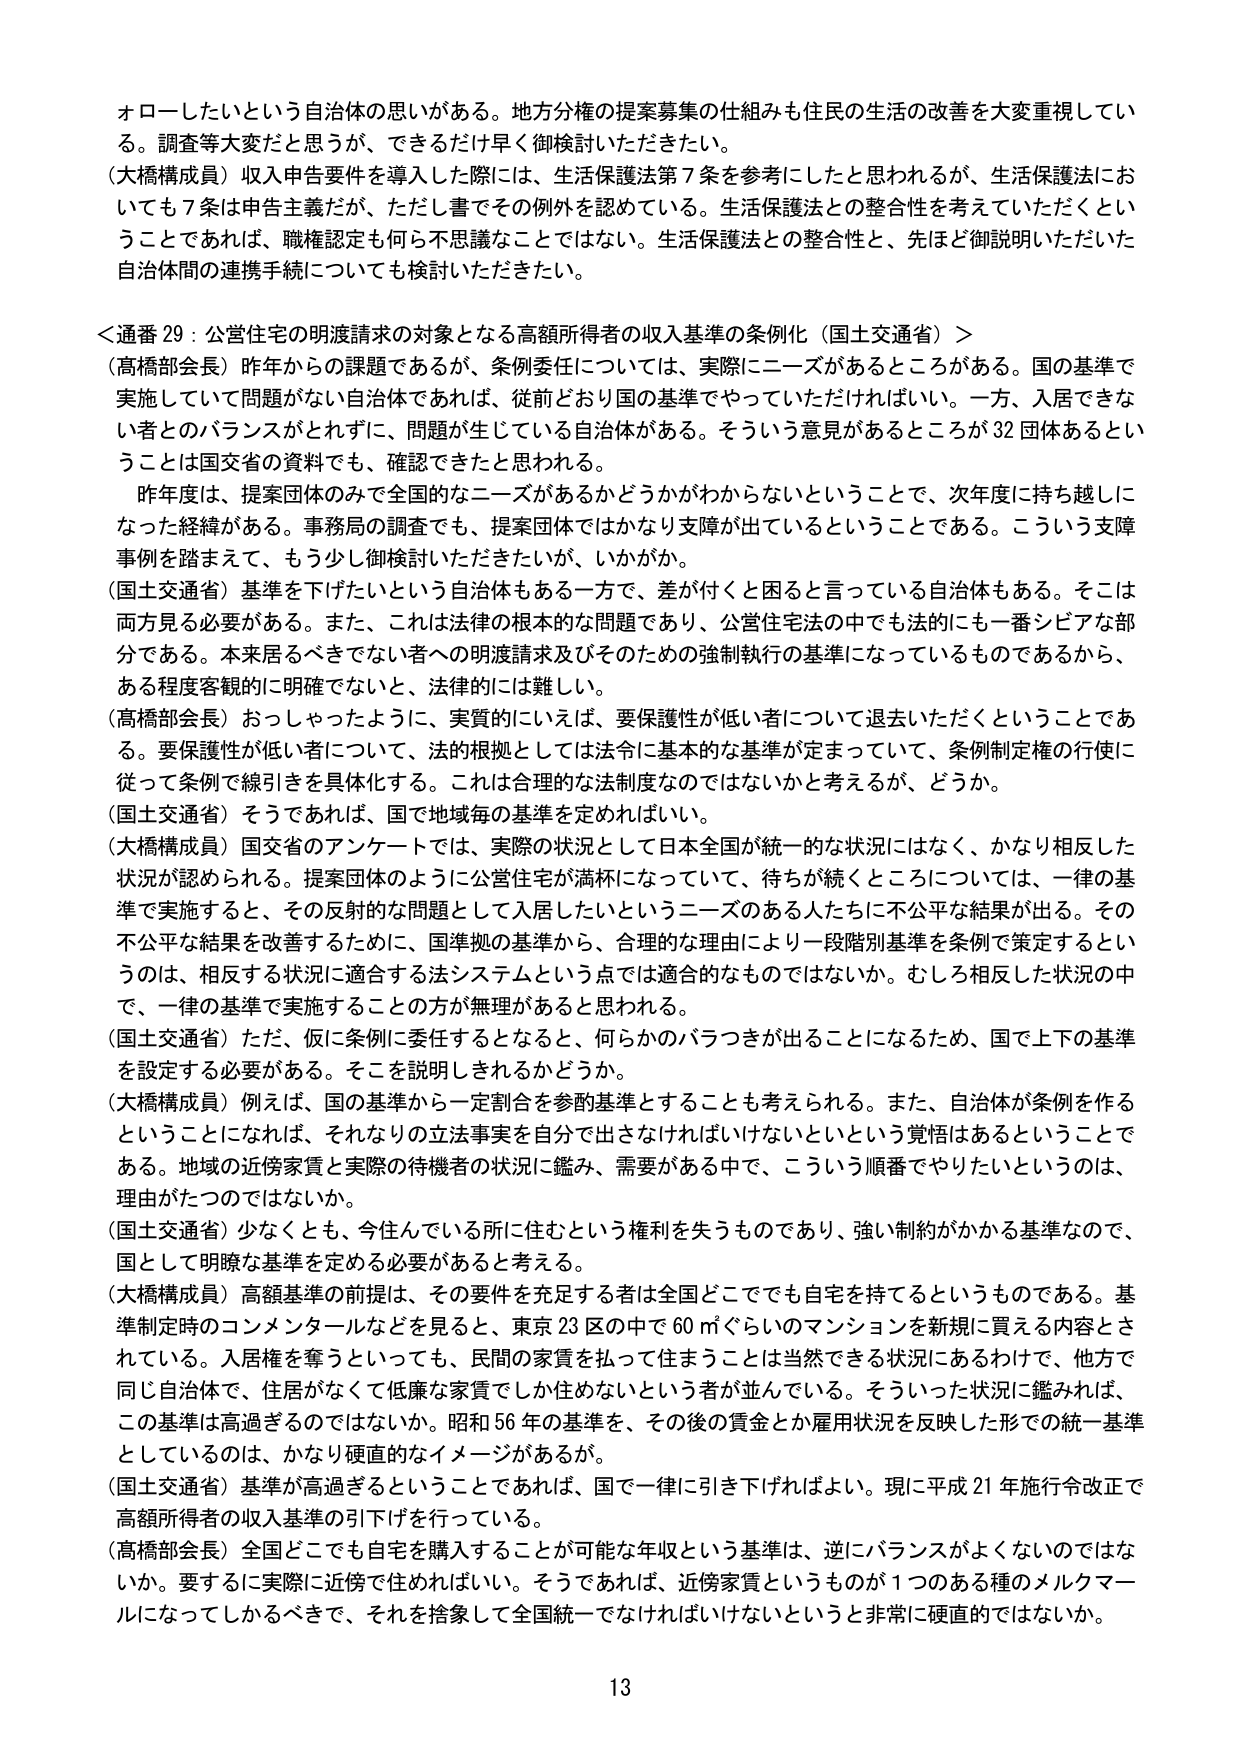
オローしたいという自治体の思いがある。地方分権の提案募集の仕組みも住民の生活の改善を大変重視している。調査等大変だと思うが、できるだけ早く御検討いただきたい。

（大橋構成員）収入申告要件を導入した際には、生活保護法第７条を参考にしたと思われるが、生活保護法においても７条は申告主義だが、ただし書でその例外を認めている。生活保護法との整合性を考えていただくということであれば、職権認定も何ら不思議なことではない。生活保護法との整合性と、先ほど御説明いただいた自治体間の連携手続についても検討いただきたい。

＜通番 29：公営住宅の明渡請求の対象となる高額所得者の収入基準の条例化（国土交通省）＞

（高橋部会長）昨年からの課題であるが、条例委任については、実際にニーズがあるところがある。国の基準で実施していて問題がない自治体であれば、従前どおり国の基準でやっていただければよい。一方、入居できない者とのバランスがとれずに、問題が生じている自治体がある。そういう意見があるところが32団体あるということは国交省の資料でも、確認できたと思われる。

　昨年度は、提案団体のみで全国的なニーズがあるかどうかがわからないということで、次年度に持ち越しがなった経緯がある。事務局の調査でも、提案団体ではかなり支障が出ているということである。こういう支障事例を踏まえて、もう少し御検討いただきたいが、いかがか。

（国土交通省）基準を下げたいという自治体もある一方で、差が付くと困ると言っている自治体もある。そこは両方見る必要がある。また、これは法律の根本的な問題であり、公営住宅法の中でも法的にも一番シビアな部分である。本来居るべきでない者への明渡請求及びそのための強制執行の基準になっているものであるから、ある程度客観的に明確でないと、法律的には難しい。

（高橋部会長）おっしゃったように、実質的にいえば、要保護性が低い者について退去いただくということである。要保護性が低い者について、法的根拠としては法令に基本的な基準が定まっていて、条例制定権の行使に従って条例で線引きを具体化する。これは合理的な法制度なのではないかと考えるが、どうか。

（国土交通省）そうであれば、国で地域毎の基準を定めればよい。

（大橋構成員）国交省のアンケートでは、実際の状況として日本全国が統一的な状況にはなく、かなり相反した状況が認められる。提案団体のように公営住宅が満杯になっていて、待ちが続くところについては、一律の基準で実施すると、その反射的な問題として入居したいというニーズのある人たちに不公平な結果が出る。その不公平な結果を改善するために、国準拠の基準から、合理的な理由により一段階別基準を条例で策定するというのは、相反する状況に適合する法システムという点では適合的なものではないか。むしろ相反した状況の中で、一律の基準で実施することの方が無理があると思われる。

（国土交通省）ただ、仮に条例に委任するとなると、何らかのバラつきが出ることになるため、国で上下の基準を設定する必要がある。そこを説明しきれるかどうか。

（大橋構成員）例えば、国の基準から一定割合を参酌基準とすることも考えられる。また、自治体が条例を作るということになれば、それなりの立法事実を自分で出さなければいけないという覚悟はあるということである。地域の近傍家賃と実際の待機者の状況に鑑み、需要がある中で、こういう順番でやりたいというのは、理由がたつのではないか。

（国土交通省）少なくとも、今住んでいる所に住むという権利を失うものであり、強い制約がかかる基準なので、国として明瞭な基準を定める必要があると考える。

（大橋構成員）高額基準の前提は、その要件を充足する者は全国どこでも自宅を持てるというものである。基準制定時のコンメンタールなどを見ると、東京23区の中で60㎡ぐらいのマンションを新規に買える内容とされている。入居権を奪うといっても、民間の家賃を払って住まうことは当然できる状況にあるわけで、他方で同じ自治体で、住居がなくて低廉な家賃でしか住めないという者が並んでいる。そういった状況に鑑みれば、この基準は高過ぎるのではないか。昭和56年の基準を、その後の賃金とか雇用状況を反映した形での統一基準としているのは、かなり硬直的なイメージがある。

（国土交通省）基準が高過ぎるということであれば、国で一律に引き下げればよい。現に平成21年施行令改正で高額所得者の収入基準の引下げを行っている。

（高橋部会長）全国どこでも自宅を購入することが可能な年収という基準は、逆にバランスがよくないのではないか。要するに実際に近傍で住めればいい。そうであれば、近傍家賃というものが1つのある種のメルクマールになってしかるべきで、それを捨象して全国統一でなければならないというと非常に硬直的ではないか。

13